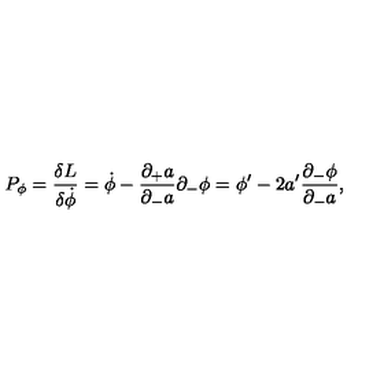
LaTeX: P _ { \phi } = { \frac { \delta L } { \delta \dot { \phi } } } = \dot { \phi } - { \frac { \partial _ { + } a } { \partial _ { - } a } } \partial _ { - } \phi = \phi ^ { \prime } - { 2 a ^ { \prime } } { \frac { \partial _ { - } \phi } { \partial _ { - } a } } ,